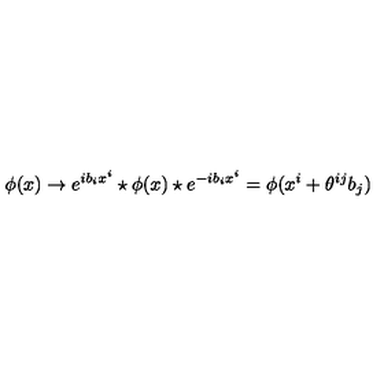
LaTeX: \phi ( x ) \rightarrow e ^ { i b _ { i } x ^ { i } } \star \phi ( x ) \star e ^ { - i b _ { i } x ^ { i } } = \phi ( x ^ { i } + \theta ^ { i j } b _ { j } )